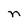
Character: n